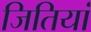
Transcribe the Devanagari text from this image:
जितियां